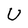
Character: U